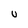
Character: U